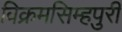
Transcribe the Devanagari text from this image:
विक्रमसिम्‍हपुरी